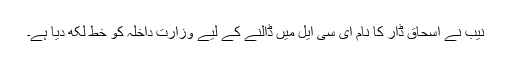
نیب نے اسحاق ڈار کا نام ای سی ایل میں ڈالنے کے لیے وزارت داخلہ کو خط لکھ دیا ہے۔